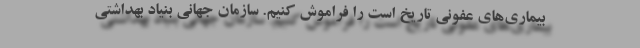
بیماری‌های عفونی تاریخ است را فراموش کنیم. سازمان جهانی بنیاد بهداشتی